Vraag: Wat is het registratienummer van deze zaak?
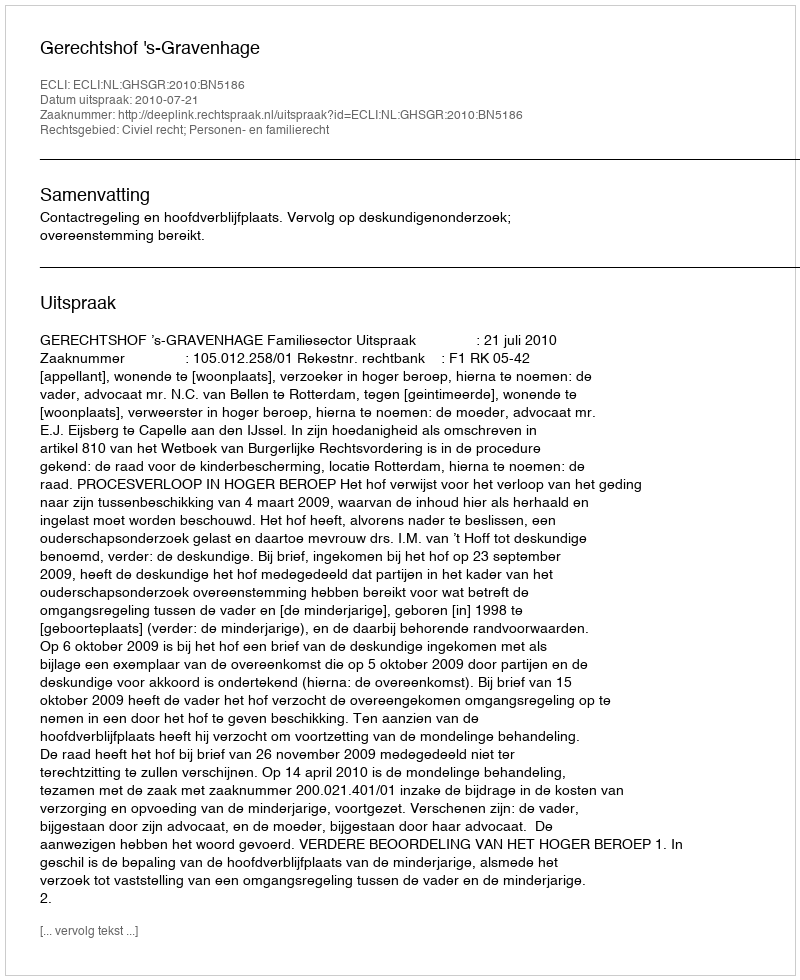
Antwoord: http://deeplink.rechtspraak.nl/uitspraak?id=ECLI:NL:GHSGR:2010:BN5186